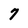
Character: 7